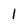
Character: 1